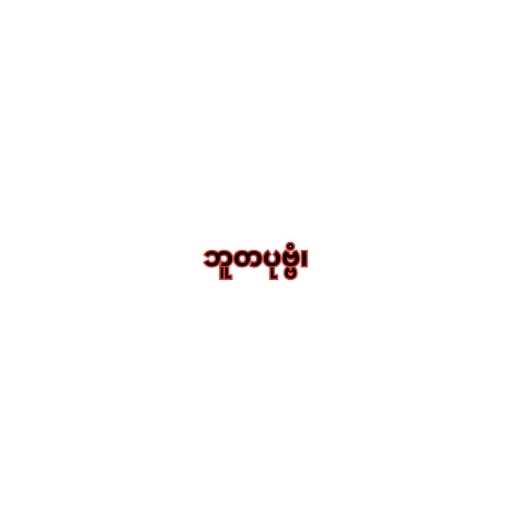
ဘူတပုဗ္ဗံ၊